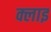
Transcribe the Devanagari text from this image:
क्लाइ